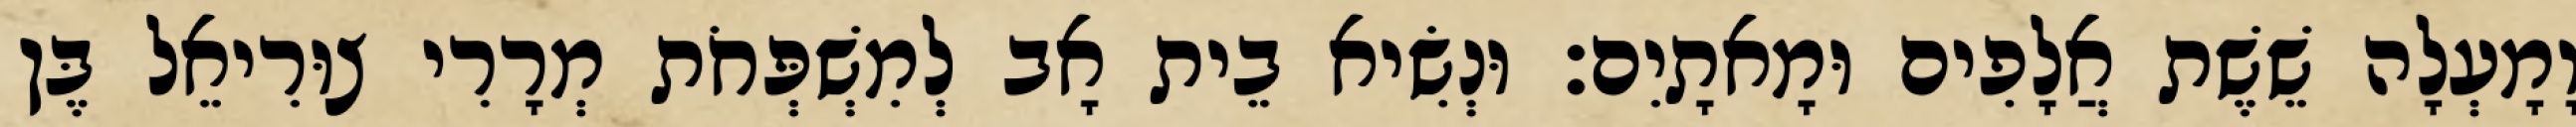
וָמָעְלָה שֵׁשֶׁת אֲלָפִים וּמָאתָיִם׃ וּנְשִׂיא בֵית אָב לְמִשְׁפְּחֹת מְרָרִי צוּרִיאֵל בֶּן